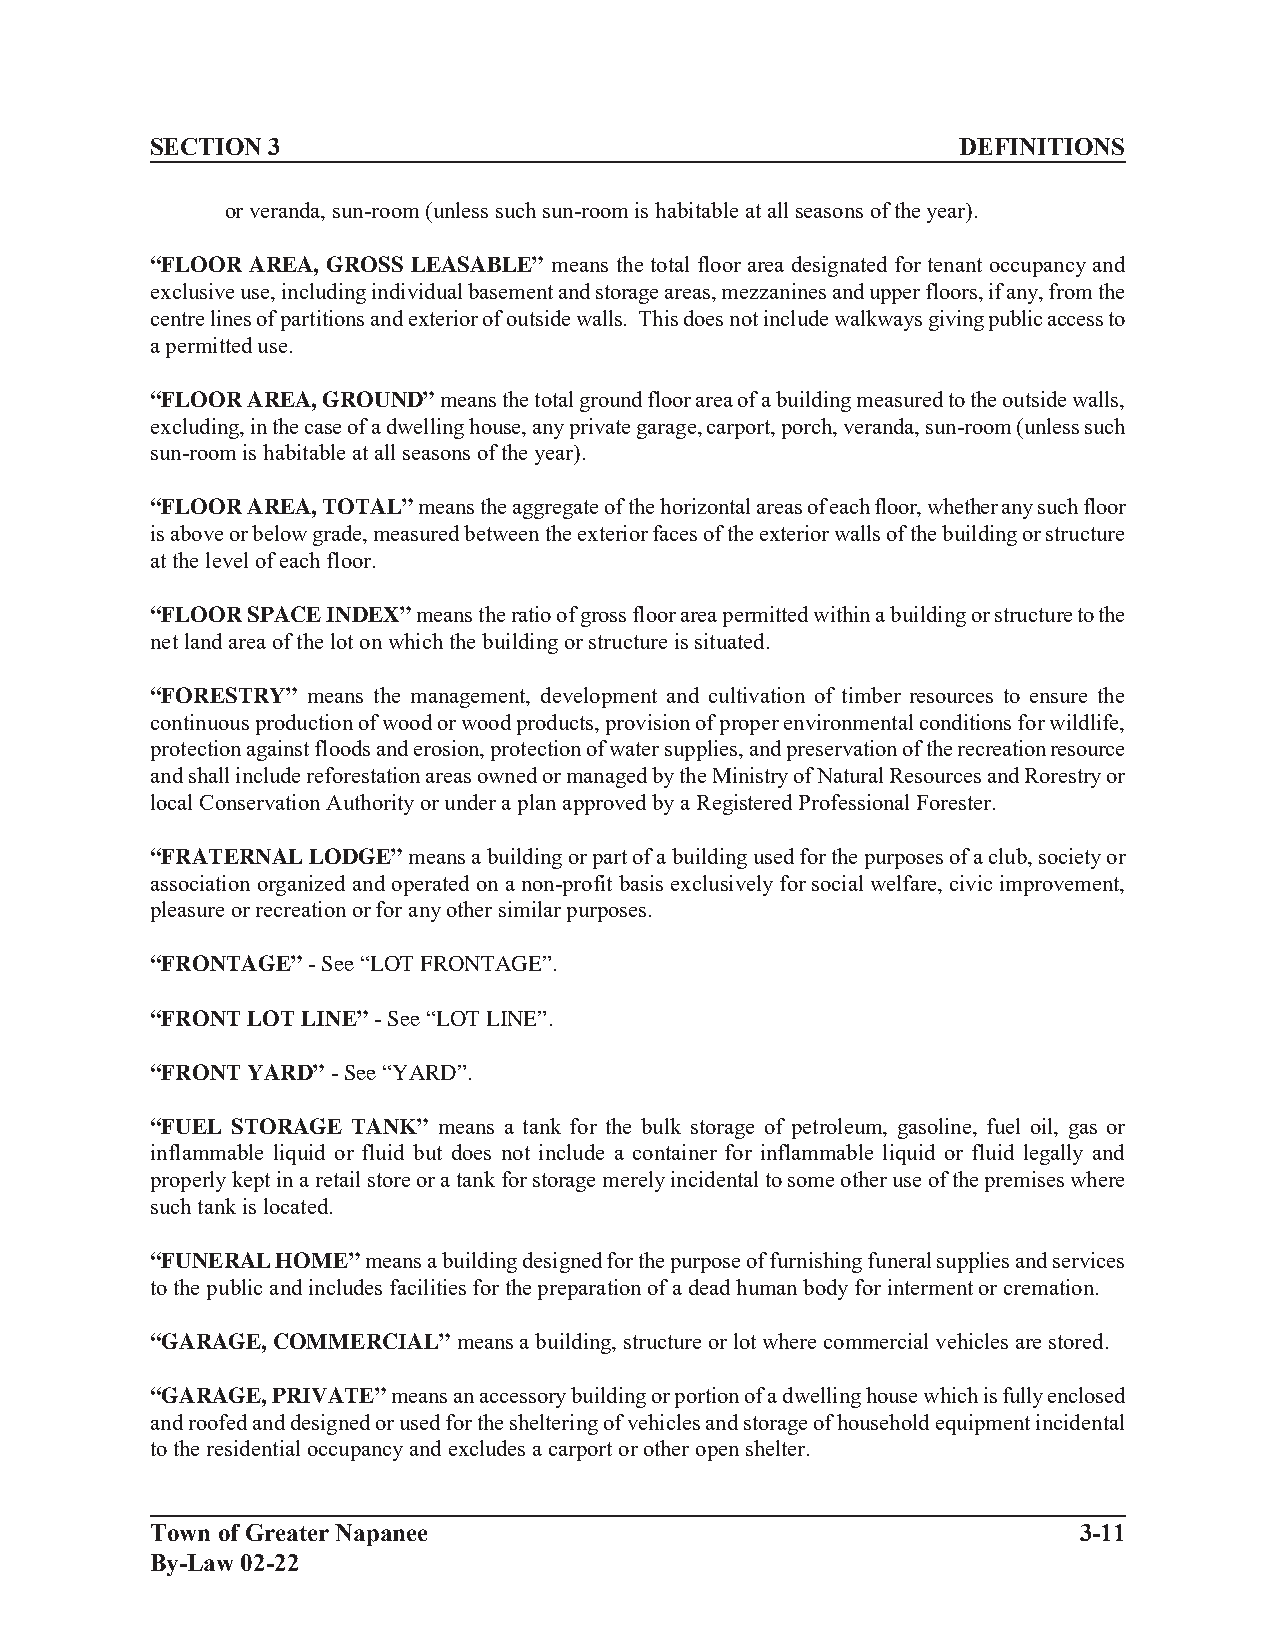
SECTION 3                                             DEFINITIONS
 or veranda, sun-room (unless such sun-room is habitable at all seasons of the year).
 “FLOOR AREA, GROSS LEASABLE” means the total floor area designated for tenant occupancy and
 exclusive use, including individual basement and storage areas, mezzanines and upper floors, if any, from the
 centre lines of partitions and exterior of outside walls. This does not include walkways giving public access to
 a permitted use.
 “FLOOR AREA, GROUND” means the total ground floor area of a building measured to the outside walls,
 excluding, in the case of a dwelling house, any private garage, carport, porch, veranda, sun-room (unless such
 sun-room is habitable at all seasons of the year).
 “FLOOR AREA, TOTAL” means the aggregate of the horizontal areas of each floor, whether any such floor
 is above or below grade, measured between the exterior faces of the exterior walls of the building or structure
 at the level of each floor.
 “FLOOR SPACE INDEX” means the ratio of gross floor area permitted within a building or structure to the
 net land area of the lot on which the building or structure is situated.
 “FORESTRY” means the management, development and cultivation of timber resources to ensure the
 continuous production of wood or wood products, provision of proper environmental conditions for wildlife,
 protection against floods and erosion, protection of water supplies, and preservation of the recreation resource
 and shall include reforestation areas owned or managed by the Ministry of Natural Resources and Rorestry or
 local Conservation Authority or under a plan approved by a Registered Professional Forester.
 “FRATERNAL LODGE” means a building or part of a building used for the purposes of a club, society or
 association organized and operated on a non-profit basis exclusively for social welfare, civic improvement,
 pleasure or recreation or for any other similar purposes.
 “FRONTAGE” - See “LOT FRONTAGE”.
 “FRONT LOT LINE” - See “LOT LINE”.
 “FRONT YARD” - See “YARD”.
 “FUEL STORAGE TANK” means a tank for the bulk storage of petroleum, gasoline, fuel oil, gas or
 inflammable liquid or fluid but does not include a container for inflammable liquid or fluid legally and
 properly kept in a retail store or a tank for storage merely incidental to some other use of the premises where
 such tank is located.
 “FUNERAL HOME” means a building designed for the purpose of furnishing funeral supplies and services
 to the public and includes facilities for the preparation of a dead human body for interment or cremation.
 “GARAGE, COMMERCIAL” means a building, structure or lot where commercial vehicles are stored.
 “GARAGE, PRIVATE” means an accessory building or portion of a dwelling house which is fully enclosed
 and roofed and designed or used for the sheltering of vehicles and storage of household equipment incidental
 to the residential occupancy and excludes a carport or other open shelter.
 Town of Greater Napanee                                      3-11
 By-Law 02-22